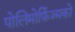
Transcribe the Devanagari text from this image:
पोलिमोर्फ़िज्मको